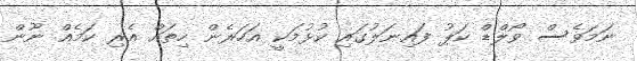
ނަމަވެސް ވޯލްޑް ކަޕު ފައިނަލުގައި ކުޅުމަކީ އަހަރެން ހިތައް އެރި ކަމެއް ނޫން